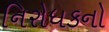
નિરોધકનો